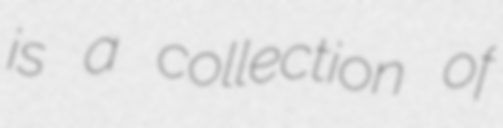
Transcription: is a collection of